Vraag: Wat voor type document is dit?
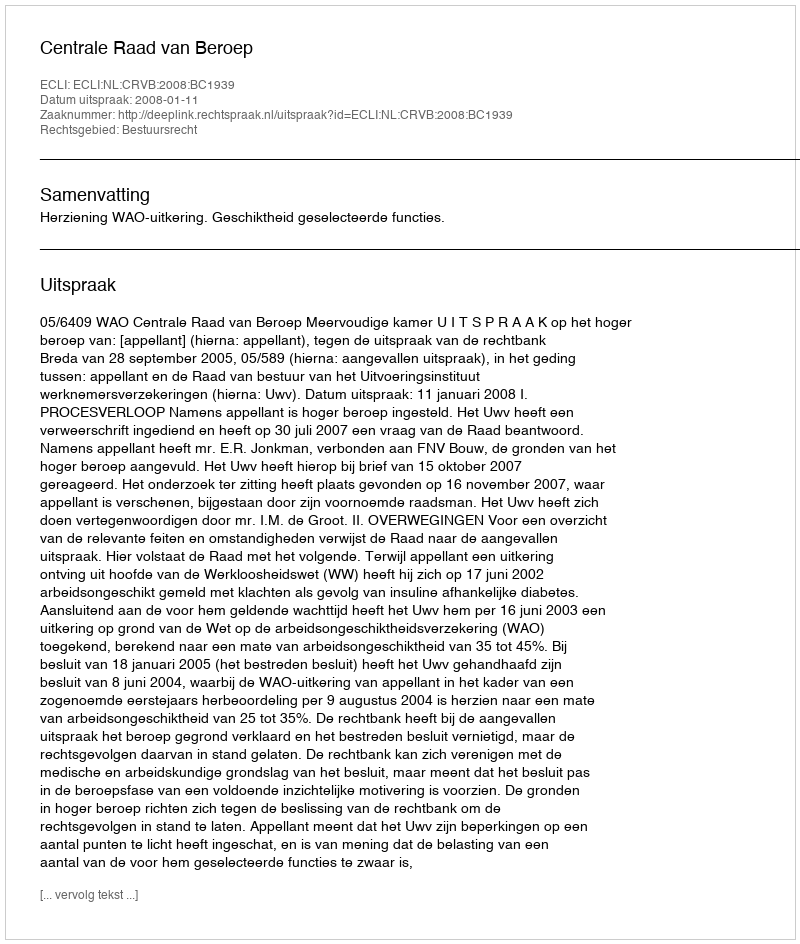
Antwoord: Uitspraak